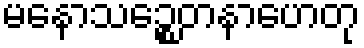
မနောသဉ္စေတနာဟေတု